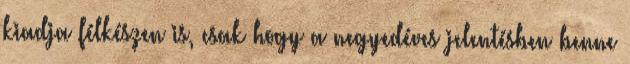
kiadja félkészen is, csak hogy a negyedéves jelentésben benne